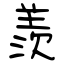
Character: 羨